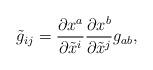
LaTeX: \begin{align*}\tilde{g}_{ij}=\frac{\partial x^a}{\partial \tilde{x}^i}\frac{\partial x^b}{\partial \tilde{x}^j}g_{ab},\end{align*}